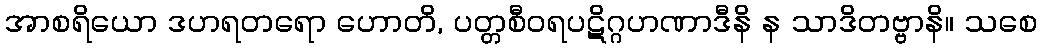
အာစရိယော ဒဟရတရော ဟောတိ, ပတ္တစီဝရပဋိဂ္ဂဟဏာဒီနိ န သာဒိတဗ္ဗာနိ။ သစေ